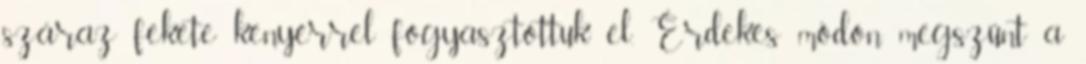
száraz fekete kenyérrel fogyasztottuk el. Érdekes módon megszűnt a